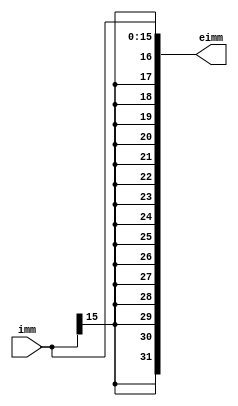
`timescale 1ns / 1ps
//////////////////////////////////////////////////////////////////////////////////
// Company: 
// Engineer: 
// 
// Design Name: 
// Module Name:    sign16extn 
// Project Name: 
// Target Devices: 
// Tool versions: 
// Description: 
//
// Dependencies: 
//
// Revision: 
// Revision 0.01 - File Created
// Additional Comments: 
//
//////////////////////////////////////////////////////////////////////////////////
module sign16extn(
	input [15:0] imm,
	output [31:0]eimm
    );
assign eimm={{16{imm[15]}},imm};
endmodule